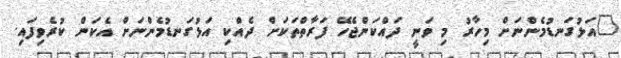
"އަޅުގަނޑުމެންނަށް މިހާރު މި ވަނީ ދައްކަންޖެހޭ ފަރާތްތަކަށް ދެއްކި އަޅުގަނޑުމެންނަށް އެކަން ކުރެވިފައި.